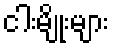
ငါးမျိုးများ